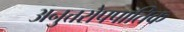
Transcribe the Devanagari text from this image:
अनुत्तरोपपातिक